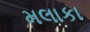
મલાકા